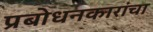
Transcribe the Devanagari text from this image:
प्रबोधनकारांचा